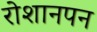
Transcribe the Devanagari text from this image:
रोशानपन